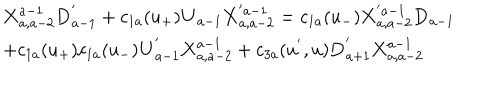
\begin{array} { l } { { { \bf X } _ { a , a - 2 } ^ { a - 1 } { \bf D } _ { a - 1 } ^ { ' } + c _ { 1 a } ( u _ { + } ) { \bf U } _ { a - 1 } { \bf X } _ { a , a - 2 } ^ { ' a - 1 } = c _ { 1 a } ( u _ { - } ) { \bf X } _ { a , a - 2 } ^ { ' a - 1 } { \bf D } _ { a - 1 } } } \\ { { \mathrm { } + c _ { 1 a } ( u _ { + } ) c _ { 1 a } ( u _ { - } ) { \bf U } _ { a - 1 } ^ { ' } { \bf X } _ { a , a - 2 } ^ { a - 1 } + c _ { 3 a } ( u ^ { ' } , u ) { \bf D } _ { a + 1 } ^ { ' } { \bf X } _ { a , a - 2 } ^ { a - 1 } } } \\ \end{array}